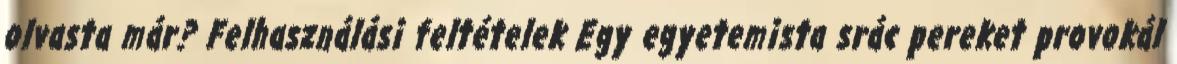
olvasta már? Felhasználási feltételek Egy egyetemista srác pereket provokál